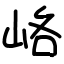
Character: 峈